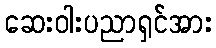
ဆေးဝါးပညာရှင်အား